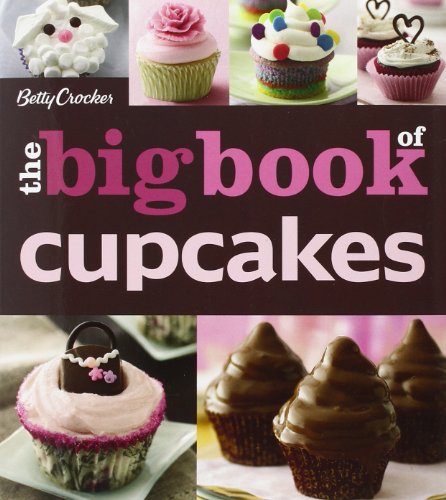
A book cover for The Betty Crocker The Big Book of Cupcakes (Betty Crocker Big Book); Betty Crocker; Cookbooks, Food & Wine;